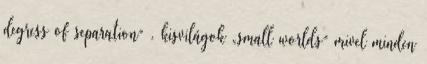
degress of separation” . kisvilágok „small worlds” mivel minden